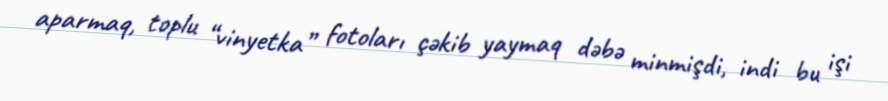
aparmaq, toplu “vinyetka” fotoları çəkib yaymaq dəbə minmişdi, indi bu işi